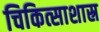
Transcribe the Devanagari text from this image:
चिकित्साशास्र